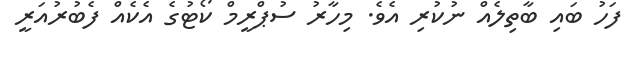
ފަހު ބައި ބާތިލެއް ނުކުރި އެވެ. މިހާރު ސުޕްރީމް ކޯޓުގެ އެކެއް ފެބުރުއަރީ